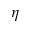
\boldsymbol \eta